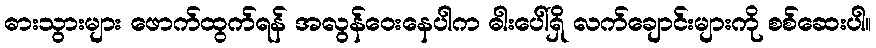
ဓားသွားများ ဖောက်ထွက်ရန် အလွန်ဝေးနေပါက ဓါးပေါ်ရှိ လက်ချောင်းများကို စစ်ဆေးပါ။